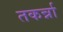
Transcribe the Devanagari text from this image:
तकर्न्ना